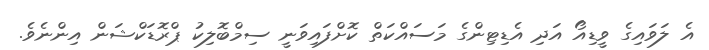
އެ ލަވައިގެ ވީޑިއޯ އަދި އެޑިޓިންގެ މަސައްކަތް ކޮށްފައިވަނީ ސިމްބޮލިކު ޕްރޮޑަކްޝަން އިންނެވެ.